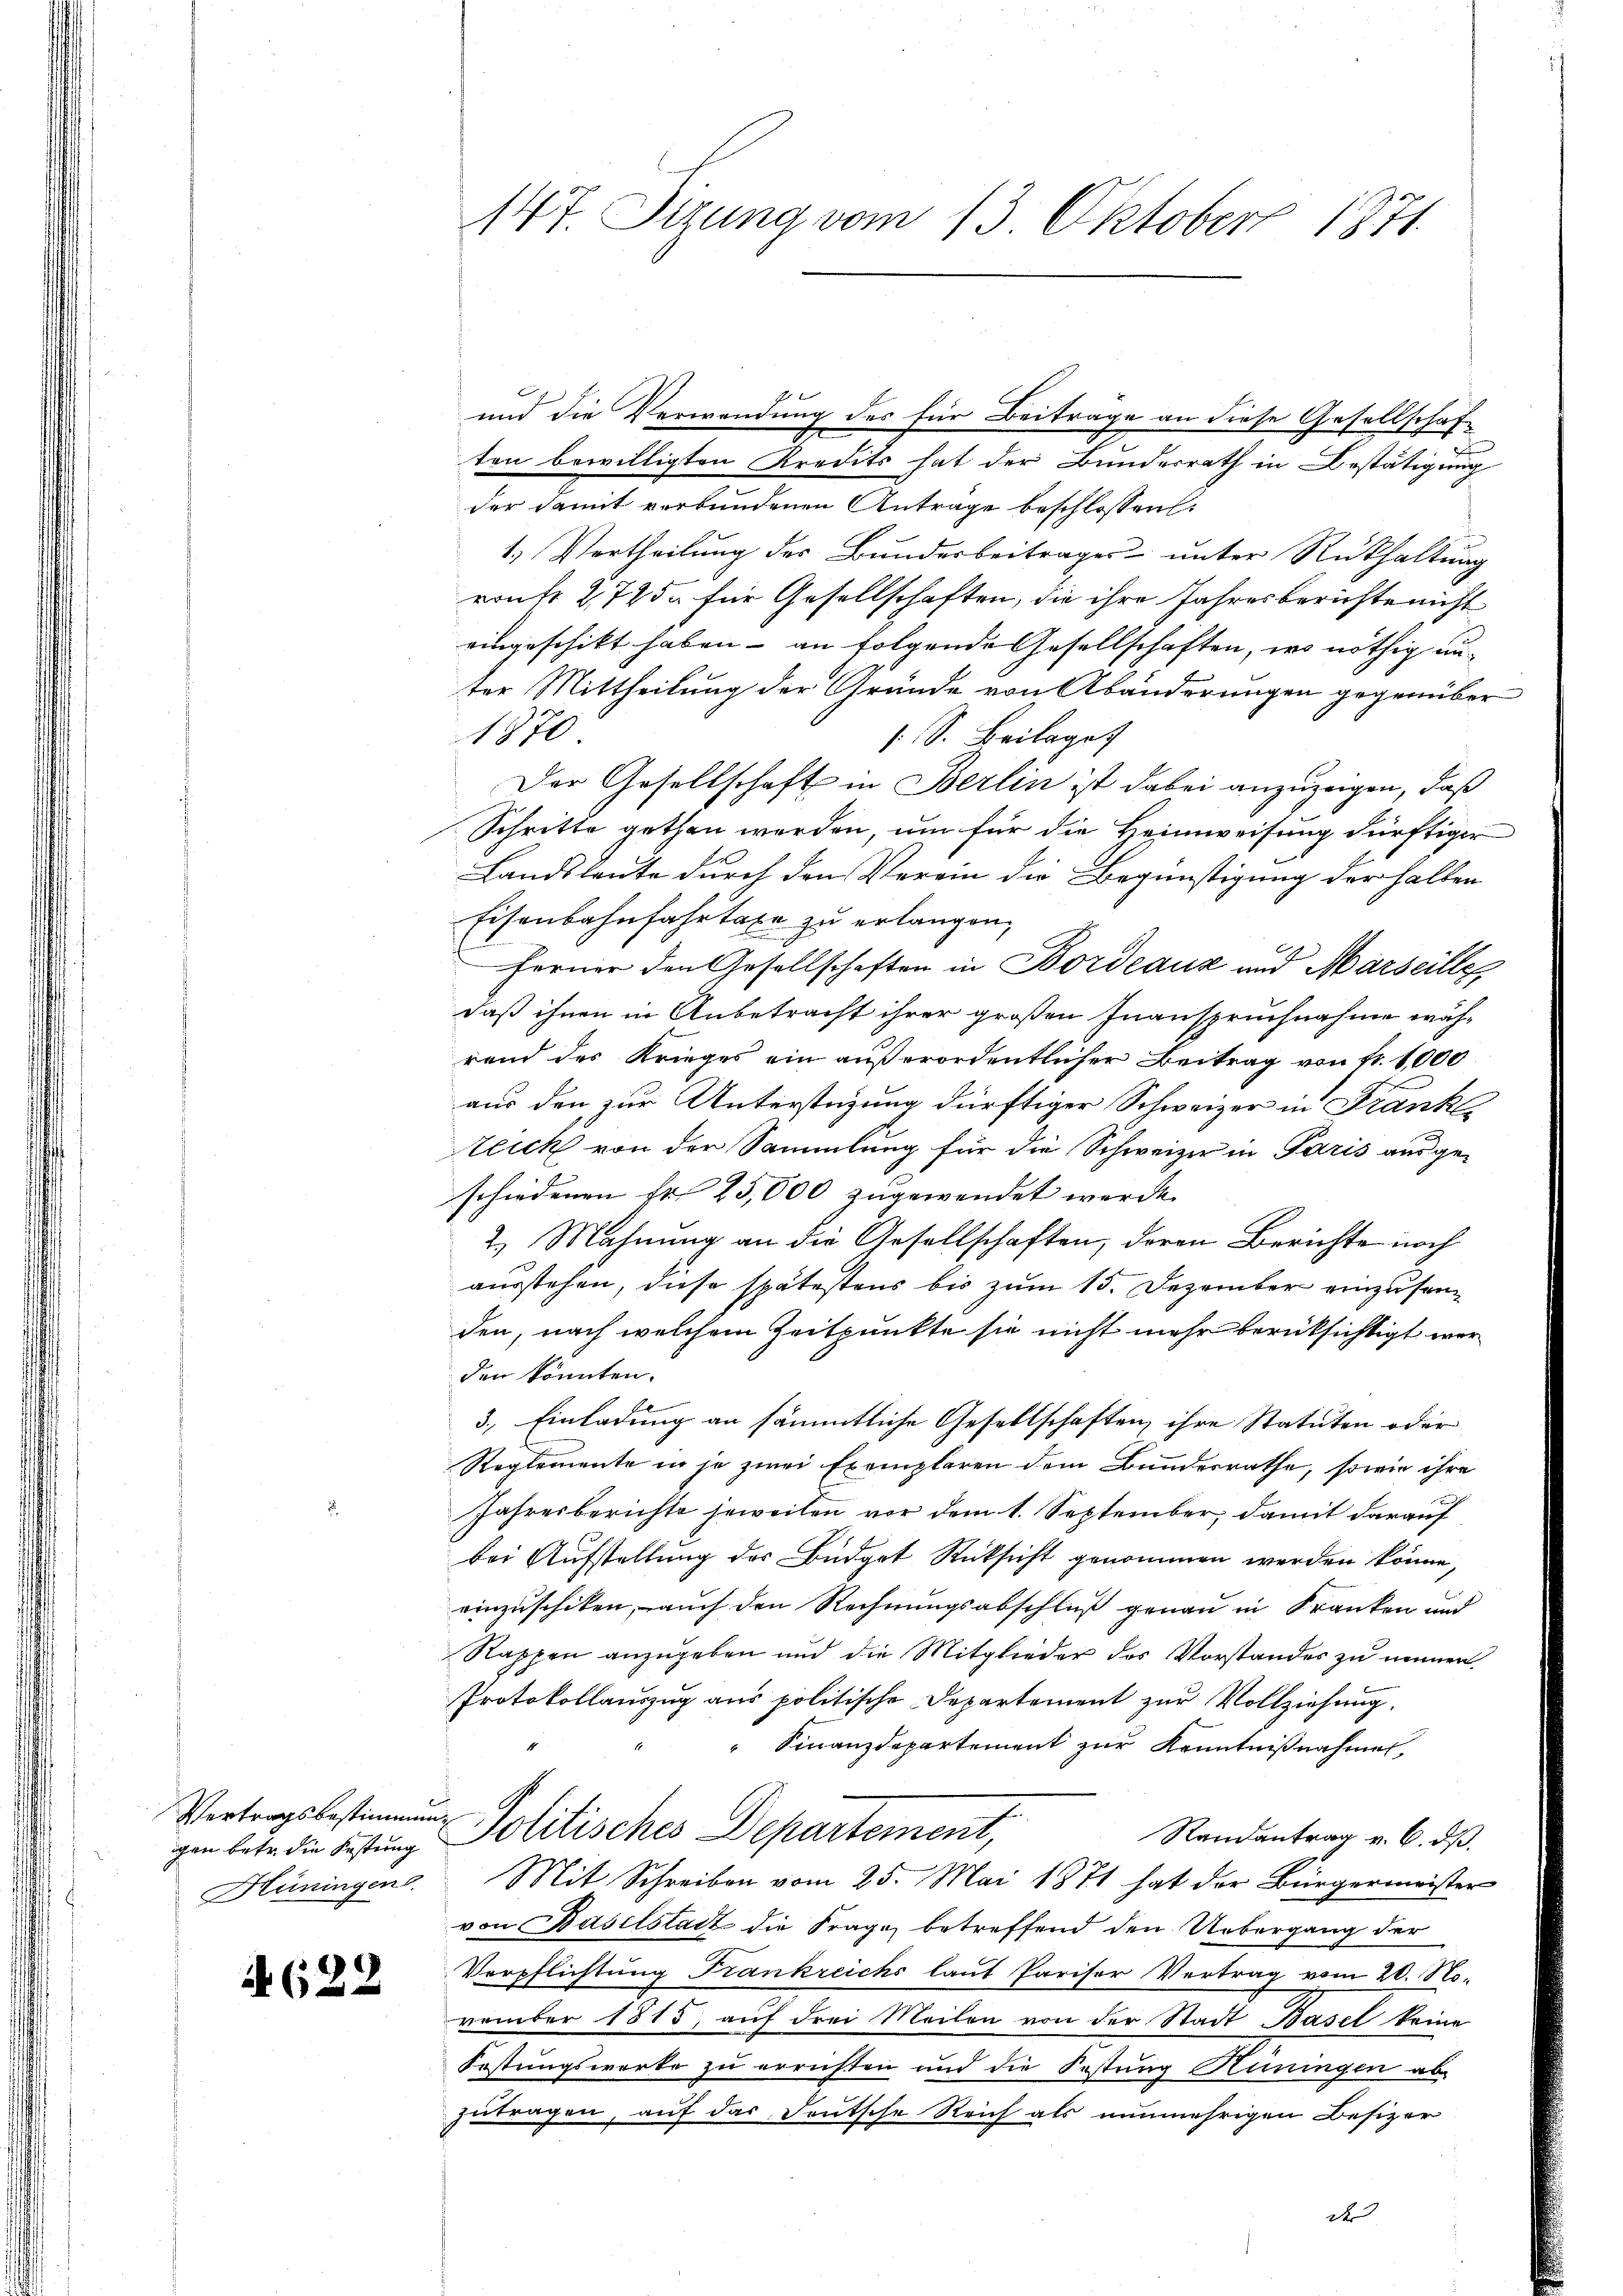
Vertragsbestimmung
gen betr. die Festung
Hüningen.

622

147. Sizung vom 13. Oktober 1871

4
und die Verwendung des für Beiträge an diese Gesellschaf-
ten bewilligten Kredits hat der Bundesrath in Bestätigung
der damit verbundenen Antrage beschlossen:
1. Vertheilung des Bundesbeitrages unter Rückhaltung
ront 2,725. für Gesellschaften, die ihre Jahresberichte nicht
eingeschikt haben - an folgende Gesellschaften, wo nöthig an-
ter Mittheilung der Gründe von Abänderungen gegenüber
1870
 S. Beilage
Der Gesellschaft in Berlin ist dabei anzuzeigen, daß
Schritte gethan werden, um für die Heimweisung dürftiger
Landsleute durch den Verein die Begünstigung der halben
Eisenbahnfahrtaxe zu erlangen,
Ferner den Gesellschaften in Bordeaux und Marseille
daß ihnen in Anbetracht ihrer großen Inanspruchnahme während des Krieges ein außerordentlicher Beitrag von fr. 1000
aus den zur Unterstüzung dürftiger Schweizer in Franke
Zeich von der Sammlung für die Schweizer in Paris ausgeschiedenen Fr. 25,000 zugewendet werde.
2. Mahnung an die Gesellschaften, deren Berichte noch
ausstehen, diese spätestens bis zum 15. Dezember einzusenden, nach welchem Zeitpunkte sie nicht mehr berücksichtigt werden könnten.
3. Einladung an sämmtliche Gesellschaften, ihre Statuten oder
Reglemente in je zwei Exemplaren dem Bundesrathe, sowie ihre
Jahresberichte jeweilen vor dem 1. September, damit darauf
bei Aufstellung des Büdget Rücksicht genommen werden könne,
einzuschiken, auch den Rechnungsabschluß genau in Franken und
Rappen anzugeben und die Mitglieder des Vorstandes zu nennen.
Protokollauszug aus politische Departement zur Vollziehung.
Finanzdepartement zur Kenntnißnahmen,
Politisches Departement,
Randantrag v. 6. dß.
Mit Schreiben vom 25. Mai 1871 hat der Bürgermeister
von Baselstatt die Frage betreffend den Uebergang der
Verpflichtung Frankreichs laut Pariser Vertrag vom 20. November 1815, auf drei Meilen von der Stadt Basel keine
Festungswerke zu errichten und die Festung Hüningen ab
zutragen, auf das Deutsche Reich als nunmehrigen Besizer
der